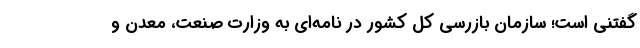
گفتنی است؛ سازمان بازرسی کل کشور در نامه‌ای به وزارت صنعت، معدن و